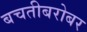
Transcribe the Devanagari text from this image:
बचतीबरोबर